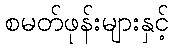
စမတ်ဖုန်းများနှင့်